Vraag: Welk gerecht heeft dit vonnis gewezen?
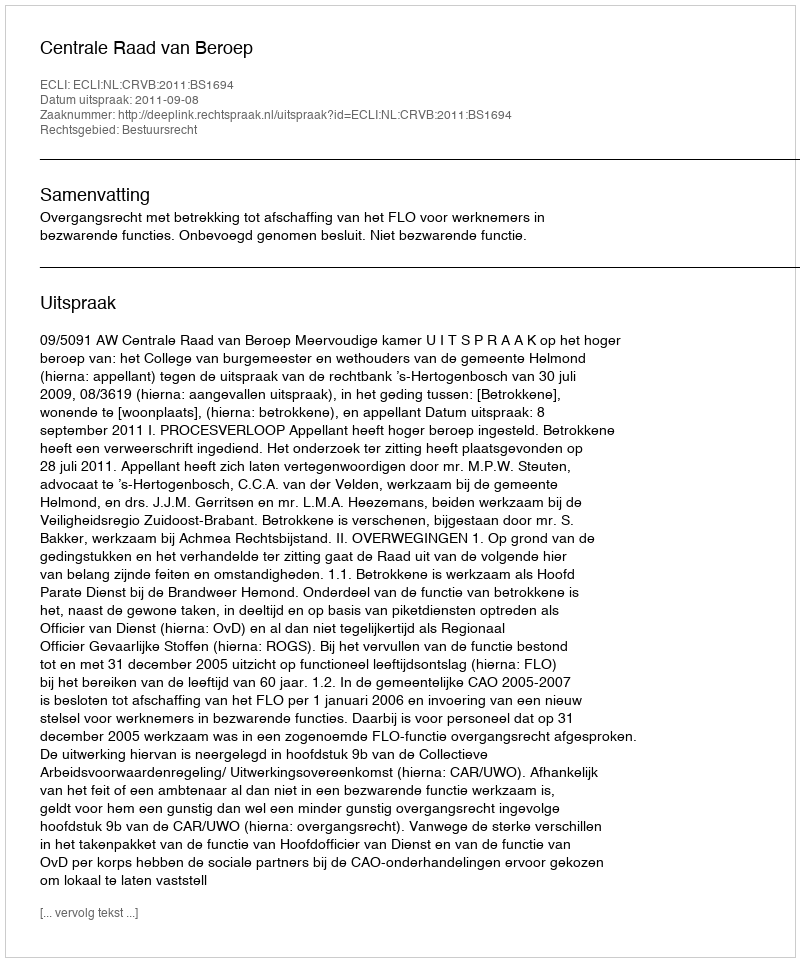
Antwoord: Centrale Raad van Beroep